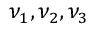
\nu _ { 1 } , \nu _ { 2 } , \nu _ { 3 }